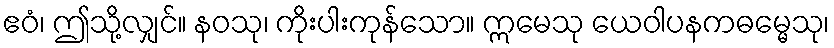
ဧဝံ၊ ဤသို့လျှင်။ နဝသု၊ ကိုးပါးကုန်သော။ ဣမေသု ယေဝါပနကဓမ္မေသု၊